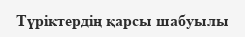
Түріктердің қарсы шабуылы